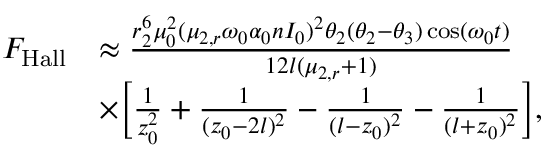
\begin{array} { r l } { F _ { \mathrm { H a l l } } } & { \approx \frac { r _ { 2 } ^ { 6 } \mu _ { 0 } ^ { 2 } ( \mu _ { 2 , r } \omega _ { 0 } \alpha _ { 0 } n I _ { 0 } ) ^ { 2 } \theta _ { 2 } ( \theta _ { 2 } - \theta _ { 3 } ) \cos ( \omega _ { 0 } t ) } { 1 2 l ( \mu _ { 2 , r } + 1 ) } } \\ & { \times \Big [ \frac { 1 } { z _ { 0 } ^ { 2 } } + \frac { 1 } { ( z _ { 0 } - 2 l ) ^ { 2 } } - \frac { 1 } { ( l - z _ { 0 } ) ^ { 2 } } - \frac { 1 } { ( l + z _ { 0 } ) ^ { 2 } } \Big ] , } \end{array}